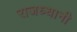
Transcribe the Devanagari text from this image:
राजध्धानी